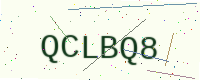
Text: QCLBQ8